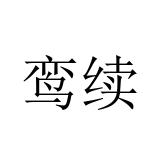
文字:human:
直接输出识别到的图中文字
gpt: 鸾续